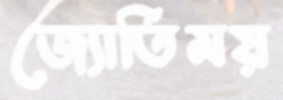
জ্যোর্তিময়